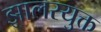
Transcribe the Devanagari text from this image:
झालरयुक्त